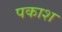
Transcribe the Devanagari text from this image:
पकाश